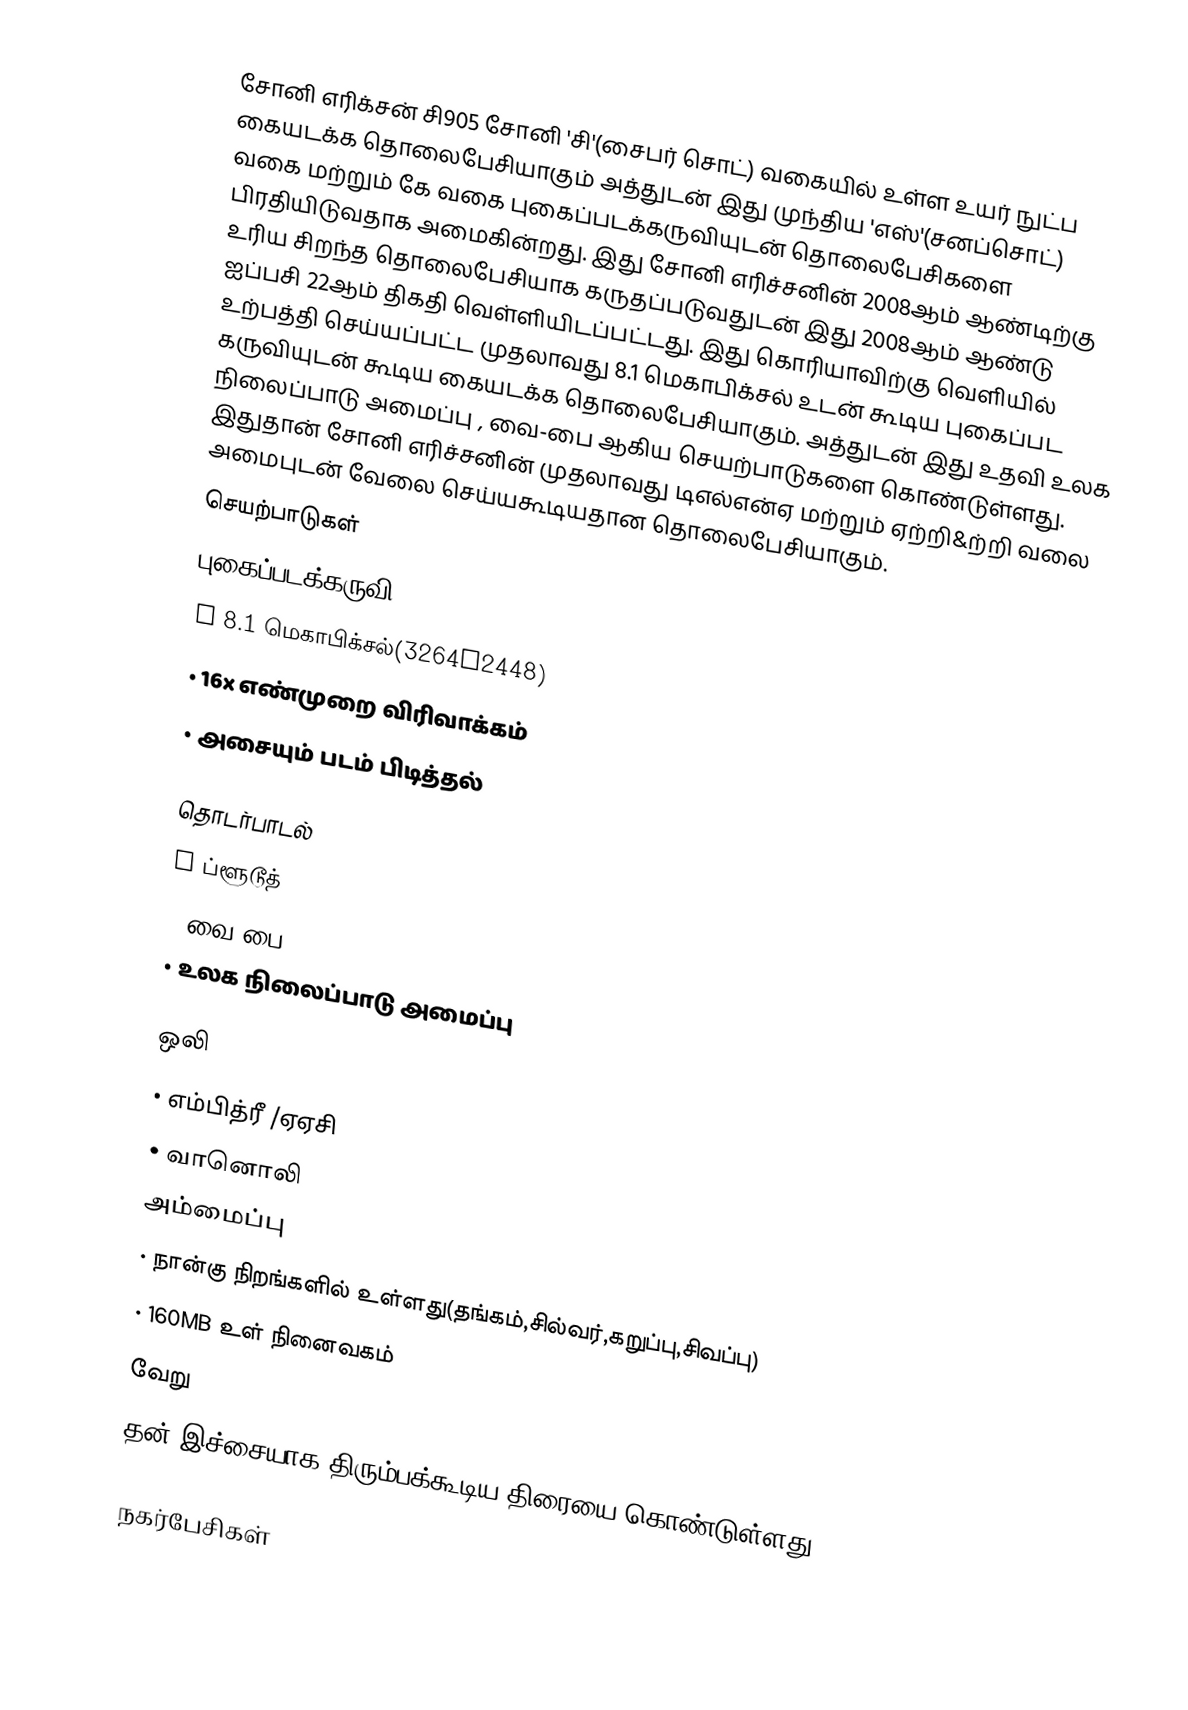
சோனி எரிக்சன் சி905 சோனி 'சி'(சைபர் சொட்) வகையில் உள்ள உயர் நுட்ப கையடக்க தொலைபேசியாகும் அத்துடன் இது முந்திய 'எஸ்'(சனப்சொட்) வகை மற்றும் கே வகை புகைப்படக்கருவியுடன்   தொலைபேசிகளை  பிரதியிடுவதாக அமைகின்றது. இது சோனி எரிச்சனின் 2008ஆம் ஆண்டிற்கு உரிய சிறந்த தொலைபேசியாக கருதப்படுவதுடன் இது 2008ஆம் ஆண்டு ஐப்பசி 22ஆம் திகதி வெள்ளியிடப்பட்டது. இது கொரியாவிற்கு வெளியில் உற்பத்தி செய்யப்பட்ட முதலாவது 8.1 மெகாபிக்சல் உடன் கூடிய புகைப்பட கருவியுடன் கூடிய கையடக்க தொலைபேசியாகும். அத்துடன் இது உதவி உலக  நிலைப்பாடு அமைப்பு , வை-பை ஆகிய செயற்பாடுகளை கொண்டுள்ளது. இதுதான் சோனி எரிச்சனின் முதலாவது டிஎல்என்ஏ மற்றும் ஏற்றி&ற்றி வலை அமைபுடன் வேலை செய்யகூடியதான தொலைபேசியாகும்.
செயற்பாடுகள்
புகைப்படக்கருவி
•	8.1 மெகாபிக்சல்(3264x2448)
•	16x எண்முறை  விரிவாக்கம்
•	அசையும்  படம் பிடித்தல்

தொடர்பாடல்
•	ப்ளூடூத்
•	வை-பை
•	உலக  நிலைப்பாடு அமைப்பு

ஒலி
•	எம்பித்ரீ /ஏஏசி
•	வானொலி
அம்மைப்பு
•	நான்கு நிறங்களில் உள்ளது(தங்கம்,சில்வர்,கறுப்பு,சிவப்பு)
•	160MB  உள் நினைவகம்
வேறு
தன் இச்சையாக திரும்பக்கூடிய திரையை கொண்டுள்ளது

நகர்பேசிகள்